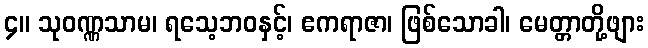
၄။ သုဝဏ္ဏသာမ၊ ရသေ့ဘဝနှင့်၊ ဧကရာဇာ၊ ဖြစ်သောခါ၊ မေတ္တာတို့ဖျား